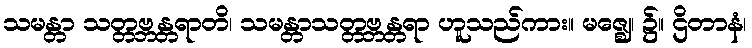
သမန္တာ သတ္တဗ္ဘန္တရာတိ၊ သမန္တာသတ္တဗ္ဘန္တရာ ဟူသည်ကား။ မဇ္ဈေ၊ ၌။ ဌိတာနံ၊